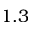
1 . 3